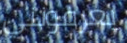
يعرفونني